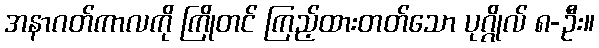
အနာဂတ်ကာလကို ကြိုတင် ကြည့်ထားတတ်သော ပုဂ္ဂိုလ် ၈-ဦး။